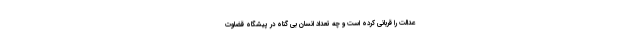
عدالت را قربانی کرده است و چه تعداد انسان بی گناه در پیشگاه قضاوت